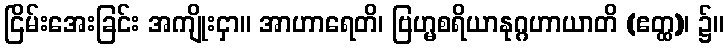
ငြိမ်းအေးခြင်း အကျိုးငှာ။ အာဟာရေတိ၊ ဗြဟ္မစရိယာနုဂ္ဂဟာယာတိ (ဧတ္ထ)၊ ၌။